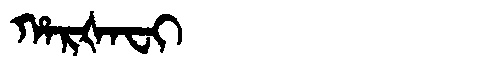
Manchu: ᡥᠠᡵᡧᠠᠸᡳ
Romanization: HARŠAFI